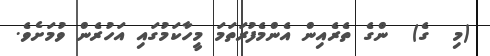
(މި  ގެ)  ންގެ ތެރެއިން އެންމެފުރަތަމަ މީހާކަމުގައި އަހުރެން ވުމަށެވެ.